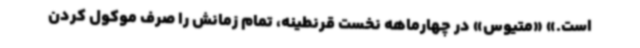
است.» «متیوس» در چهارماهه نخست قرنطینه، تمام زمانش را صرف موکول کردن